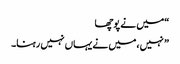
“میں نے پوچھا
” نہیں ،میں نے یہاں نہیں رہنا۔